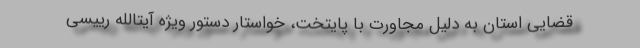
قضایی استان به دلیل مجاورت با پایتخت، خواستار دستور ویژه آیتالله رییسی